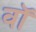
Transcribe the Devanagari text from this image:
वाॅ